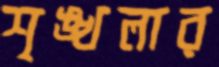
শৃঙ্খলার